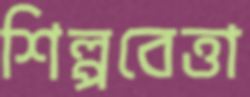
শিল্পবেত্তা